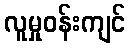
လူမှုဝန်းကျင်